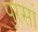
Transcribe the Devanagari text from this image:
पुरसां